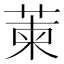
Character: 萰